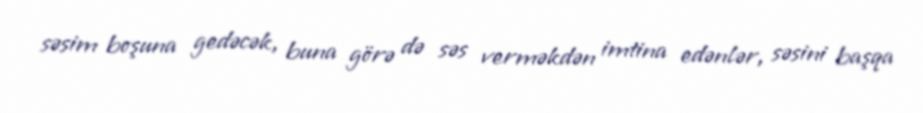
səsim boşuna gedəcək, buna görə də səs verməkdən imtina edənlər, səsini başqa